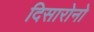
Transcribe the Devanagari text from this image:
दिसारोनो